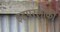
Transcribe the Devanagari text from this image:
इहपरलोकीं